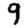
Digit: 9